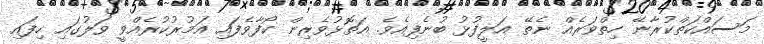
މަސައްކަތްކުރާނޭ ހިތްވަރެއް ނެތޭ އަލީފުޅު ބުނެފިއެވެ. އަތޮޅުވެރިން ކޯފާވެފައި އަމުރުކުރެއްވީ ވަލުގައި ހިފައި